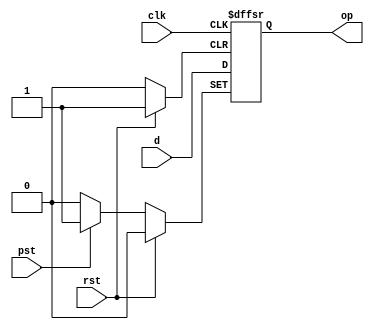
module dff2 (output reg op, input d,clk,rst,pst);
always @ (posedge clk or posedge rst or posedge pst)
begin
if (pst==1'b1) 
op<=1'b1;
else if (rst==1'b1) 
op<=1'b0;
else
op<=d;
end
endmodule